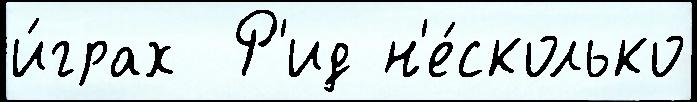
и́грах  Р'ид н'е́сколько